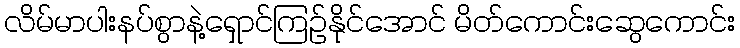
လိမ်မာပါးနပ်စွာနဲ့ရှောင်ကြဥ်နိုင်အောင် မိတ်ကောင်းဆွေကောင်း